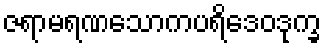
ဇရာမရဏသောကပရိဒေဝဒုက္ခ